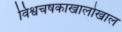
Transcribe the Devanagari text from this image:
विश्वचषकाखालोखाल